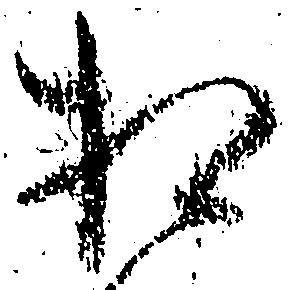
相